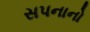
સપનાનો